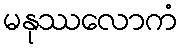
မနုဿလောကံ